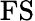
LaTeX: \mathrm{FS}